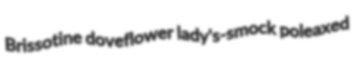
Brissotine doveflower lady's-smock poleaxed